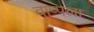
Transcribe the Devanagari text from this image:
वाप्पला